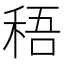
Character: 𥟊